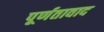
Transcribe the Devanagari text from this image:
पूर्णतावाद